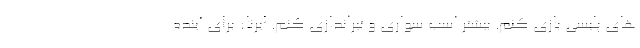
های پلیسی بازی کنم. بیشتر اسب سواری و تیراندازی کنم. ایرنا: برای آینده